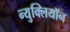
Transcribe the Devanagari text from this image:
न्युक्लियॉन